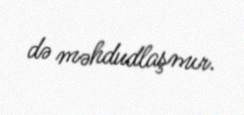
də məhdudlaşmır.